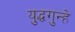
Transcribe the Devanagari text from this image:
युद्धगुन्हे